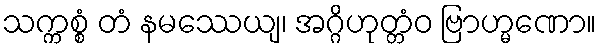
သက္ကစ္စံ တံ နမဿေယျ၊ အဂ္ဂိဟုတ္တံဝ ဗြာဟ္မဏော။